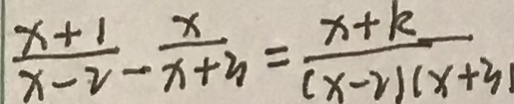
\frac { x + 1 } { x - 2 } - \frac { x } { x + 3 } = \frac { x + k } { ( x - 2 ) ( x + 3 ) }